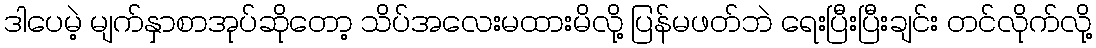
ဒါပေမဲ့ မျက်နှာစာအုပ်ဆိုတော့ သိပ်အလေးမထားမိလို့ ပြန်မဖတ်ဘဲ ရေးပြီးပြီးချင်း တင်လိုက်လို့